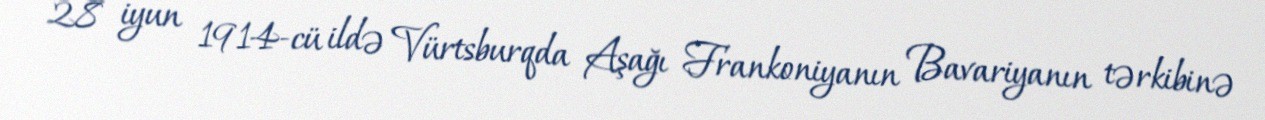
28 iyun 1914-cü ildə Vürtsburqda Aşağı Frankoniyanın Bavariyanın tərkibinə